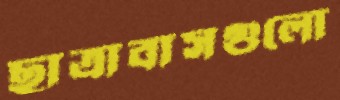
ছাত্রাবাসগুলো